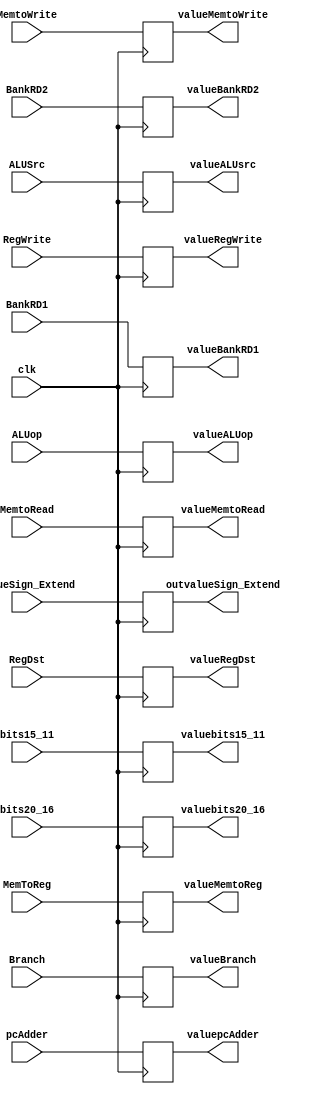
module InstructionDecode(
    input clk,//Reloj
    input [31:0]pcAdder,//Recibe lo que vale la instruccion del Pc ya sumado los 4
    input [31:0]BankRD1,//Dato 1 del banco de Registros
    input [31:0]BankRD2,//Dato 2 del banco de Registros
    input [31:0]valueSign_Extend,
    input [4:0]bits20_16,
    input [4:0]bits15_11,
    /*Apartir de aqui son las entradas de la Unidad de control*/
    input RegDst, //EX
    input Branch, //EX MEM
    input MemtoRead, //EX
    input MemToReg,//WB
    input [2:0]ALUop,//EX
    input MemtoWrite,//EX MEM
    input ALUSrc,//EX
    input RegWrite,//WB
    /*Salidas del banco de registros, del sign extend, del pc y de la instruccion*/
    output reg [31:0]valuepcAdder,
    output reg [31:0]valueBankRD1,
    output reg [31:0]valueBankRD2,
    output reg [31:0]outvalueSign_Extend,
    output reg [4:0]valuebits20_16,
    output reg [4:0]valuebits15_11,
    /*Salidas de la Unidad de Control*/
    output reg valueRegDst,
    output reg valueBranch,
    output reg valueMemtoRead,
    output reg valueMemtoReg,
    output reg [2:0]valueALUop,
    output reg valueMemtoWrite,
    output reg valueALUsrc,
    output reg valueRegWrite
);

initial begin
    valuepcAdder=0;
    valueBankRD1=0;
    valueBankRD2=0;
    outvalueSign_Extend=0;
    valuebits20_16=0;
    valuebits15_11=0;
    valueRegDst=0;
    valueBranch=0;
    valueMemtoRead=0;
    valueMemtoReg=0;
    valueALUop=0;
    valueMemtoWrite=0;
    valueALUsrc=0;
    valueRegWrite=0;
end

always @(posedge clk)begin
    valuepcAdder<=pcAdder;
    valueBankRD1<=BankRD1;
    valueBankRD2<=BankRD2;
    outvalueSign_Extend<=valueSign_Extend;
    valuebits20_16<=bits20_16;
    valuebits15_11<=bits15_11;
    valueRegDst<=RegDst;
    valueBranch<=Branch;
    valueMemtoRead<=MemtoRead;
    valueMemtoReg<=MemToReg;
    valueALUop<=ALUop;
    valueMemtoWrite<=MemtoWrite;
    valueALUsrc<=ALUSrc;
    valueRegWrite<=RegWrite;
end

endmodule